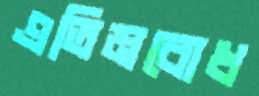
এতিমবোধ